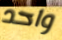
واحد